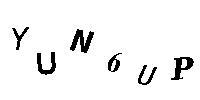
YUN6UP